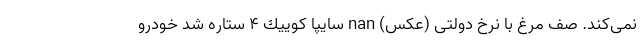
نمی‌کند. صف مرغ با نرخ دولتی (عکس) nan سايپا كوييك ۴ ستاره شد خودرو